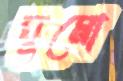
ঘুমো